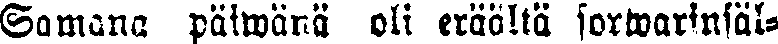
Samana päiwänä oli eräältä sorwarinsäl-